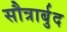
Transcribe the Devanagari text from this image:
सौत्रार्बुद